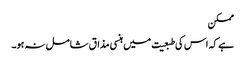
ممکن
ہے کہ اس کی طبعیت میں ہنسی مذاق شامل نہ ہو۔